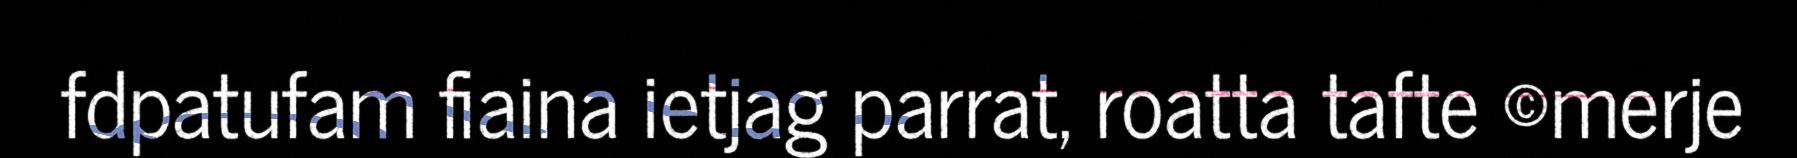
fdpatufam fiaina ietjag parrat, roatta tafte ©merje